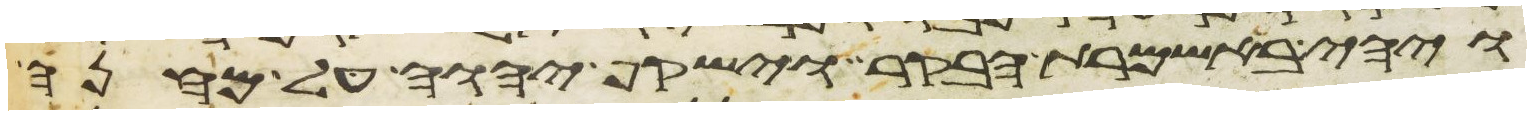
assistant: ויהי באשמרת הבקר וישקף יהוה על מחנה